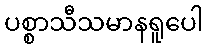
ပစ္စာသီသမာနရူပေါ